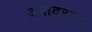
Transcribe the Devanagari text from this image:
अनादुरकर